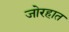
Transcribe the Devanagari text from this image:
जोरहात